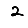
Digit: 2